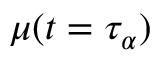
\mu ( t = \tau _ { \alpha } )